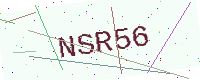
Text: NSR56